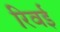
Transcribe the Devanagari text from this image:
रिवई